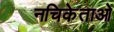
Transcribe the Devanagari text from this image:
नचिकेताओ